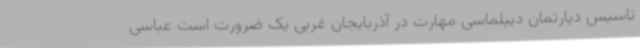
تاسیس دپارتمان دیپلماسی مهارت در آذربایجان غربی یک ضرورت است عباسی